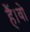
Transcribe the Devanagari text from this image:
हैं।वो